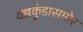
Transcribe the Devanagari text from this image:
यज्ञकुंडासमोर